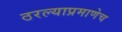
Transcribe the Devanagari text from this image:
ठरल्याप्रमाणेच